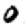
Digit: 0